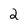
Character: 2